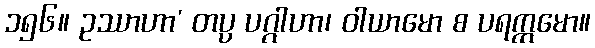
၁၅၆။ ဥဿာဟာ’ တပ္ပ ပဂ္ဂါဟာ၊ ဝါယာမော စ ပရက္ကမော။